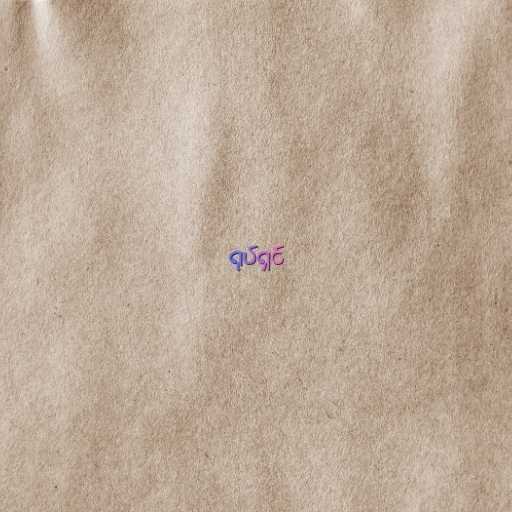
ရုပ်ရှင်